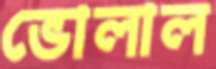
ভোলাল